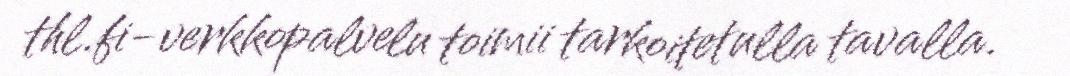
thl.fi-verkkopalvelu toimii tarkoitetulla tavalla.